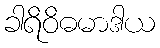
ခါရိဝိဓမာဒါယ